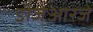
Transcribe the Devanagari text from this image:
डीजेआरजे